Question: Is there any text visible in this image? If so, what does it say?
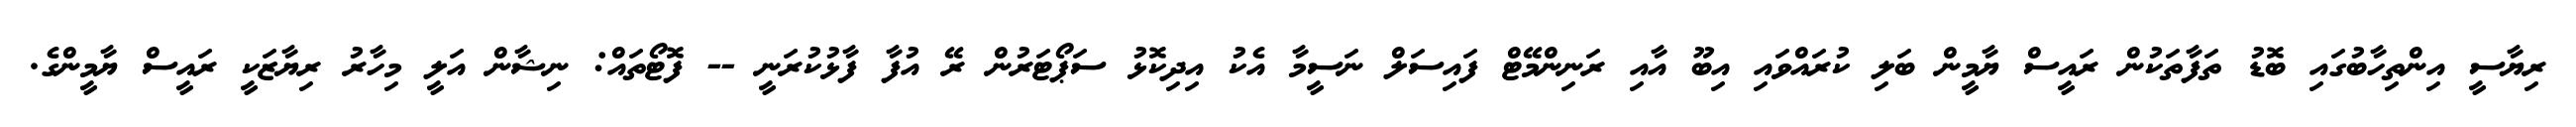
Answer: ރިޔާސީ އިންތިހާބުގައި ބޮޑު ތަފާތަކުން ރައީސް ޔާމީން ބަލި ކުރައްވައި އިބޫ އާއި ރަނިންމޭޓް ފައިސަލް ނަސީމާ އެކު އިދިކޮޅު ސަޕޯޓަރުން ރޭ އުފާ ފާޅުކުރަނީ -- ފޮޓޯތައް: ނިޝާން އަލީ މިހާރު ރިޔާޒަކީ ރައީސް ޔާމީންގެ.